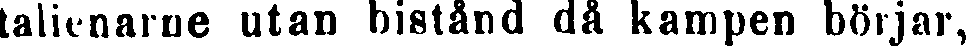
talienarne utan bistånd då kampen börjar,